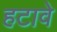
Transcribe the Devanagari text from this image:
हटावे